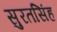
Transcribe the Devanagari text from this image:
सुरतसिंह